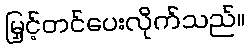
မြှင့်တင်ပေးလိုက်သည်။